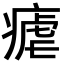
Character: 瘧